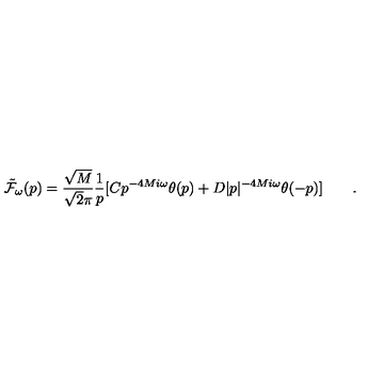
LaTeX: { \tilde { \cal F } } _ { \omega } ( p ) = { \frac { \sqrt { M } } { \sqrt { 2 } \pi } } { \frac { 1 } { p } } [ C p ^ { - 4 M i \omega } \theta ( p ) + D \vert p \vert ^ { - 4 M i \omega } \theta ( - p ) ] \qquad .